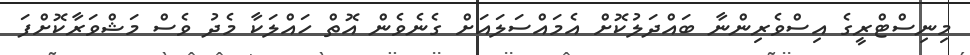
މިނިސްޓްރީގެ އިސްވެރިންނާ ބައްދަލުކޮށް އެމައްސަލައަށް ގެނެވެން އޮތް ހައްލަކާ މެދު ވެސް މަޝްވަރާކޮށްފަ